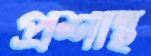
প্রশান্থ